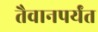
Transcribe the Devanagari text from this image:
तैवानपर्यंत